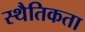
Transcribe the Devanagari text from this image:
स्थैतिकता